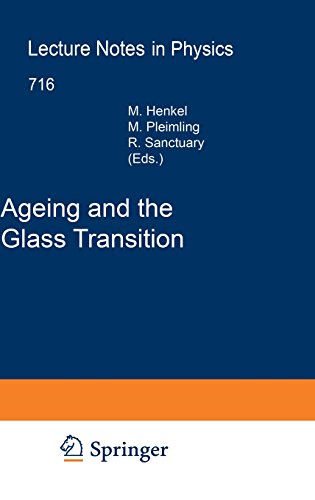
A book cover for Ageing and the Glass Transition (Lecture Notes in Physics); Science & Math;